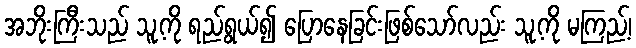
အဘိုးကြီးသည် သူ့ကို ရည်ရွယ်၍ ပြောနေခြင်းဖြစ်သော်လည်း သူ့ကို မကြည့်၊